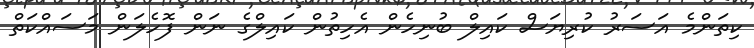
ކިތަންމެ އަސަރު ކުރިޔަސް ކައިލް ބުނިހެން އެހިތުން ކައިލްގެ ނަން ފޮހެލަން މަސައްކަތް